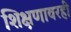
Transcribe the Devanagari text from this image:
शिक्षणावरही